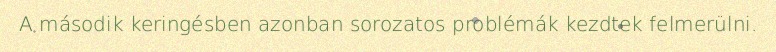
A második keringésben azonban sorozatos problémák kezdtek felmerülni.